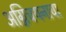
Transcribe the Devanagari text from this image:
अग्निचयनाचा